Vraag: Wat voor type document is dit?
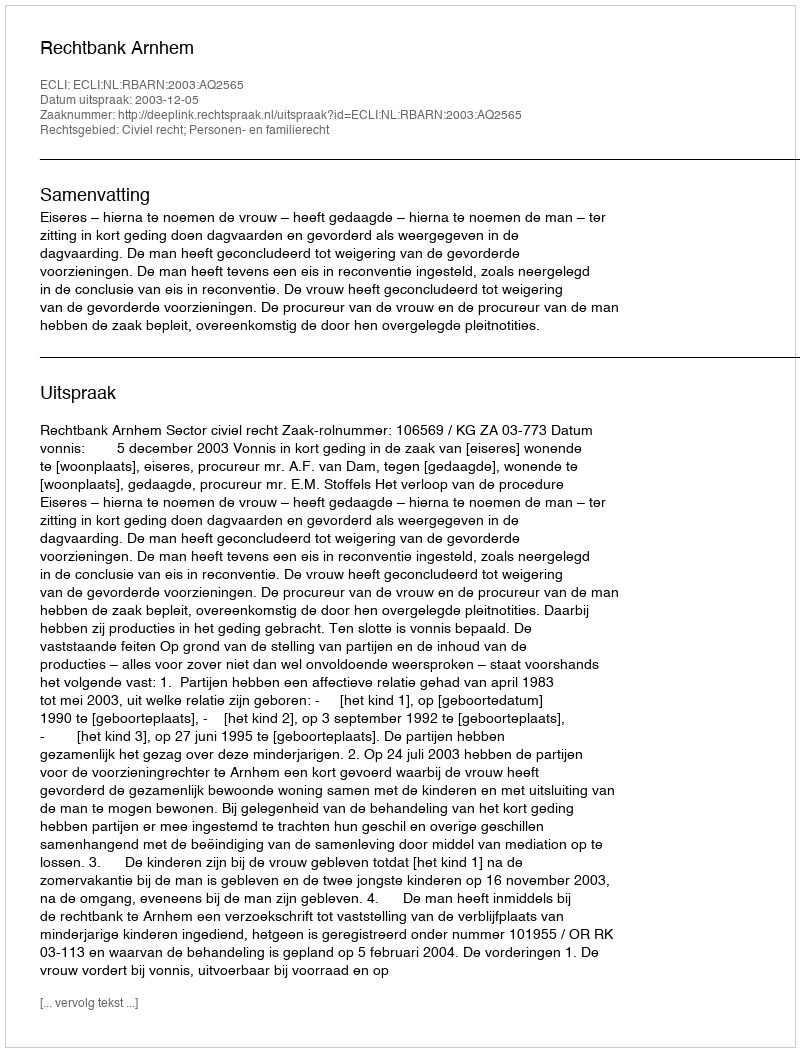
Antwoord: Uitspraak